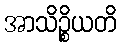
အာသိဉ္စိယတိ